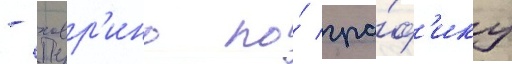
- ховр'ино по́ гра́ф'ику